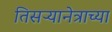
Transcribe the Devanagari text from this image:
तिसऱ्यानेत्राच्या